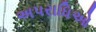
અપરાધિઓ